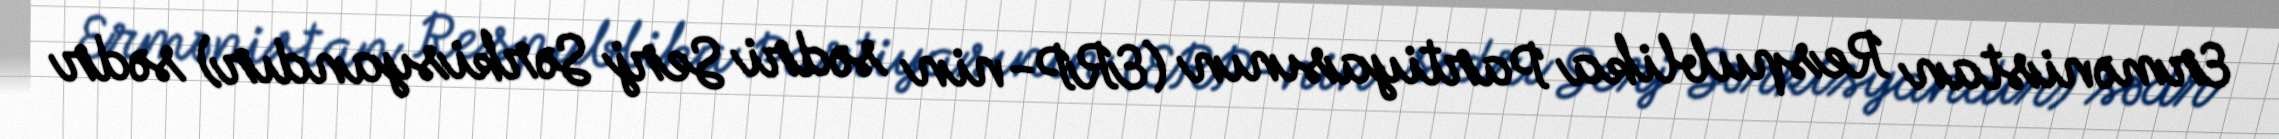
Ermənistan Respublika Partiyasının (ERP-nin sədri Serj Sərkisyandır) sədr